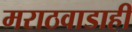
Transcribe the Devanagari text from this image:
मराठवाडाही